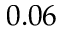
0 . 0 6